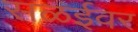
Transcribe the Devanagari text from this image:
सळईवर